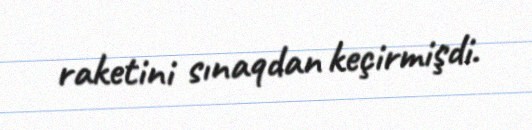
raketini sınaqdan keçirmişdi.